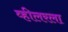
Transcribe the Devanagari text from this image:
व्हीलरला